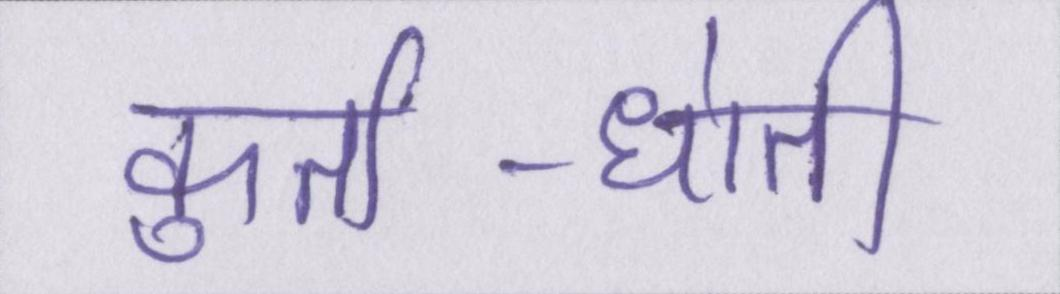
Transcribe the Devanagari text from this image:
कुर्ता-धोती